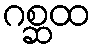
ဂစ္ဆထ